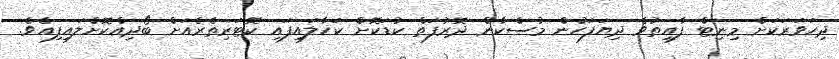
ދިހަވަރަކަށް މިނިޓް ފާއިތުވެ ދިޔަފަހުން މުސްކާން ދޮރުފަތް ކުޑަކޮށް ކަހާލައިފައި ކޮޓަރިތެރެއަށް ބޯދިއްކޮށްލައިފިއެވެ.